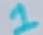
Text: 1